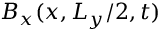
B _ { x } ( x , L _ { y } / 2 , t )